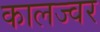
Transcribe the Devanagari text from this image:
कालज्वर